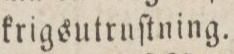
krigsutruſtning.